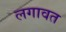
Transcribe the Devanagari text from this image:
लगावत